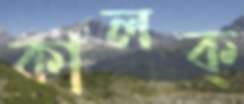
কালক্